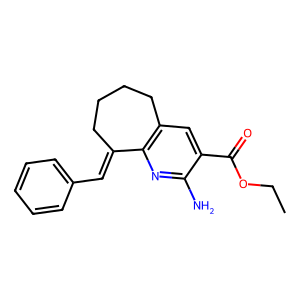
SMILES: CCOC(=O)c1cc2c(nc1N)C(=Cc1ccccc1)CCCC2
Inhibits HIV replication: No